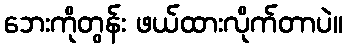
ဘေးကိုတွန်း ဖယ်ထားလိုက်တာပဲ။